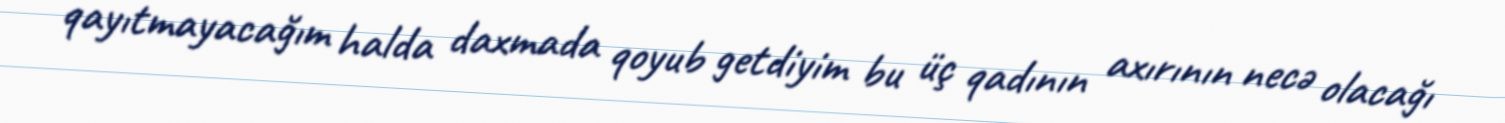
qayıtmayacağım halda daxmada qoyub getdiyim bu üç qadının axırının necə olacağı